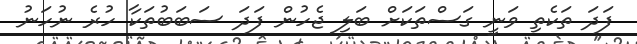
ފަދަ ތަކެތި ވަނީ ގަސްތަކަށް ބަލި ޖެހުން ފަދަ ސަބަބުތަކާ ހުރެ ނުހަނު